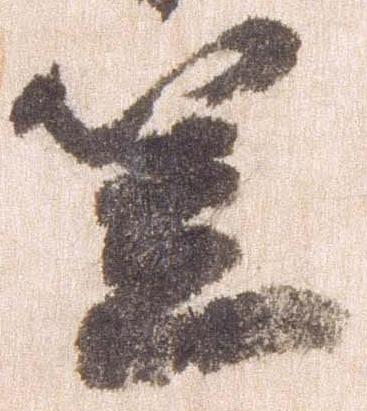
笠